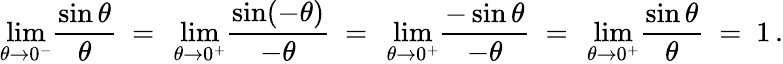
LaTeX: \operatorname*{lim}_{\theta\to 0^{-}}\! {\frac{\sin\theta}{\theta}}\ =\ \operatorname*{lim}_{\theta\to 0^{+}}\! {\frac{\sin(-\theta)}{-\theta}}\ =\ \operatorname*{lim}_{\theta\to 0^{+}}\! {\frac{-\sin\theta}{-\theta}}\ =\ \operatorname*{lim}_{\theta\to 0^{+}}\! {\frac{\sin\theta}{\theta}}\ =\ 1\, .